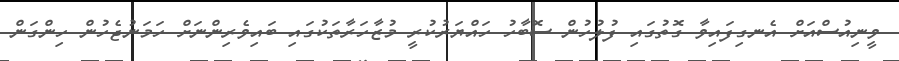
ވީނިއުސްއަށް އެނގިފައިވާ ގޮތުގައި ފުލުހުން ސޮބާހު ހައްޔަރުކުރީ މުޒާހަރާތަކުގައި ބައިވެރިންނަށް ހަމަނުޖެހުން ހިންގަން